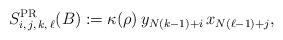
LaTeX: \begin{align*}S^{\rm PR}_{i,\,j,\,k,\,\ell}(B):=\kappa(\rho)\,y_{N(k-1)+i }\,x_{N(\ell-1)+j },\end{align*}